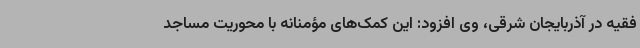
فقیه در آذربایجان شرقی، وی افزود: این کمک‌های مؤمنانه با محوریت مساجد